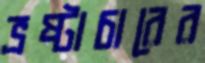
ভ্রষ্টাচারের